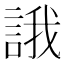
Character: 誐